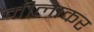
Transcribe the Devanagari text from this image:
मीलाकर